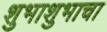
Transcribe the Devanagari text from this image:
शुभाशुभाचा